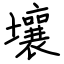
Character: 壤